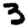
Digit: 3